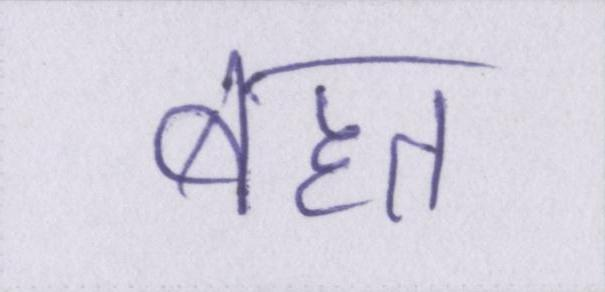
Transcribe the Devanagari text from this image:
बहत